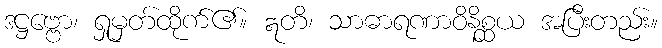
ဒဋ္ဌဗ္ဗော၊ ရှုမှတ်ထိုက်၏။ ဣတိ၊ သာဓာရဏာဝိနိစ္ဆယ အပြီးတည်း။